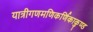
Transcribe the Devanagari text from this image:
यात्रीगणमणिकर्णिकाकुण्ड